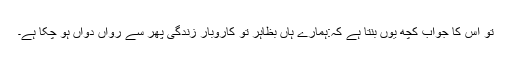
تو اس کا جواب کچھ یوں بنتا ہے کہ:ہمارے ہاں بظاہر تو کاروبار زندگی پھر سے رواں دواں ہو چکا ہے۔